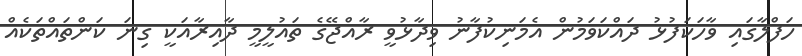
ހަފްލާގައި ވާހަކަފުޅު ދައްކަވަމުން އެމަނިކުފާނު ވިދާޅުވީ ރާއްޖޭގެ ތައުލީމީ ދާއިރާއަކީ ގިނަ ކަންތައްތަކެއް